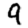
Digit: 9